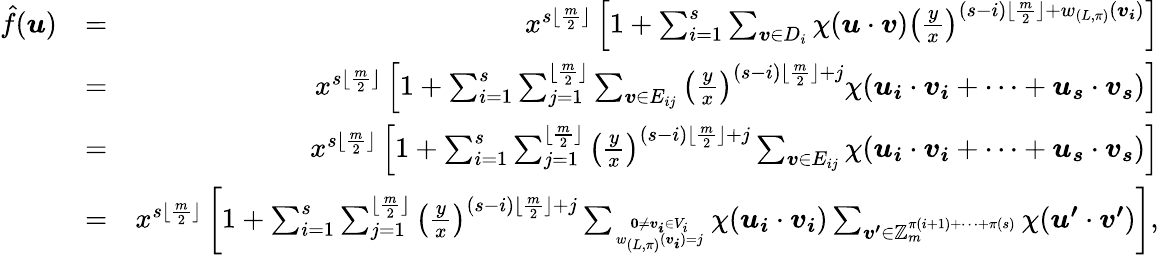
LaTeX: \begin{array}{rlr}{\hat{f}(\boldsymbol{u})}&{=}&{x^{s\lfloor\frac{m}{2}\rfloor}\left[1+\sum_{i=1}^{s}\sum_{\boldsymbol{v}\in D_{i}}\chi(\boldsymbol{u}\cdot\boldsymbol{v})\left(\frac{y}{x}\right)^{(s-i)\lfloor\frac{m}{2}\rfloor+w_{(L,\pi)}(\boldsymbol{v_{i}})}\right]}\\ &{=}&{x^{s\lfloor\frac{m}{2}\rfloor}\left[1+\sum_{i=1}^{s}\sum_{j=1}^{\lfloor\frac{m}{2}\rfloor}\sum_{\boldsymbol{v}\in E_{ij}}\left(\frac{y}{x}\right)^{(s-i)\lfloor\frac{m}{2}\rfloor+j}\chi(\boldsymbol{u_{i}}\cdot\boldsymbol{v_{i}}+\cdots+\boldsymbol{u_{s}}\cdot\boldsymbol{v_{s}})\right]}\\ &{=}&{x^{s\lfloor\frac{m}{2}\rfloor}\left[1+\sum_{i=1}^{s}\sum_{j=1}^{\lfloor\frac{m}{2}\rfloor}\left(\frac{y}{x}\right)^{(s-i)\lfloor\frac{m}{2}\rfloor+j}\sum_{\boldsymbol{v}\in E_{ij}}\chi(\boldsymbol{u_{i}}\cdot\boldsymbol{v_{i}}+\cdots+\boldsymbol{u_{s}}\cdot\boldsymbol{v_{s}})\right]}\\ &{=}&{x^{s\lfloor\frac{m}{2}\rfloor}\left[1+\sum_{i=1}^{s}\sum_{j=1}^{\lfloor\frac{m}{2}\rfloor}\left(\frac{y}{x}\right)^{(s-i)\lfloor\frac{m}{2}\rfloor+j}\sum_{\textbf{0}\neq\boldsymbol{v_{i}}\in V_{i}\atop w_{(L,\pi)}(\boldsymbol{v_{i}})=j}\chi(\boldsymbol{u_{i}}\cdot\boldsymbol{v_{i}})\sum_{\boldsymbol{v^{\prime}}\in\mathbb{Z}_{m}^{\pi(i+1)+\cdots+\pi(s)}}\chi(\boldsymbol{u^{\prime}}\cdot\boldsymbol{v^{\prime}})\right],}\end{array}